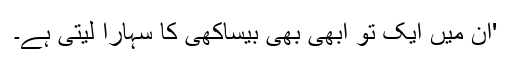
'ان میں ایک تو ابھی بھی بیساکھی کا سہارا لیتی ہے۔